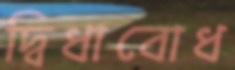
দ্বিধাবোধ